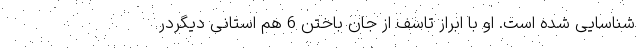
شناسایی شده است. او با ابراز تاسف از جان باختن 6 هم استانی دیگردر